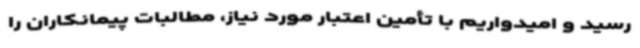
رسید و امیدواریم با تأمین اعتبار مورد نیاز، مطالبات پیمانکاران را